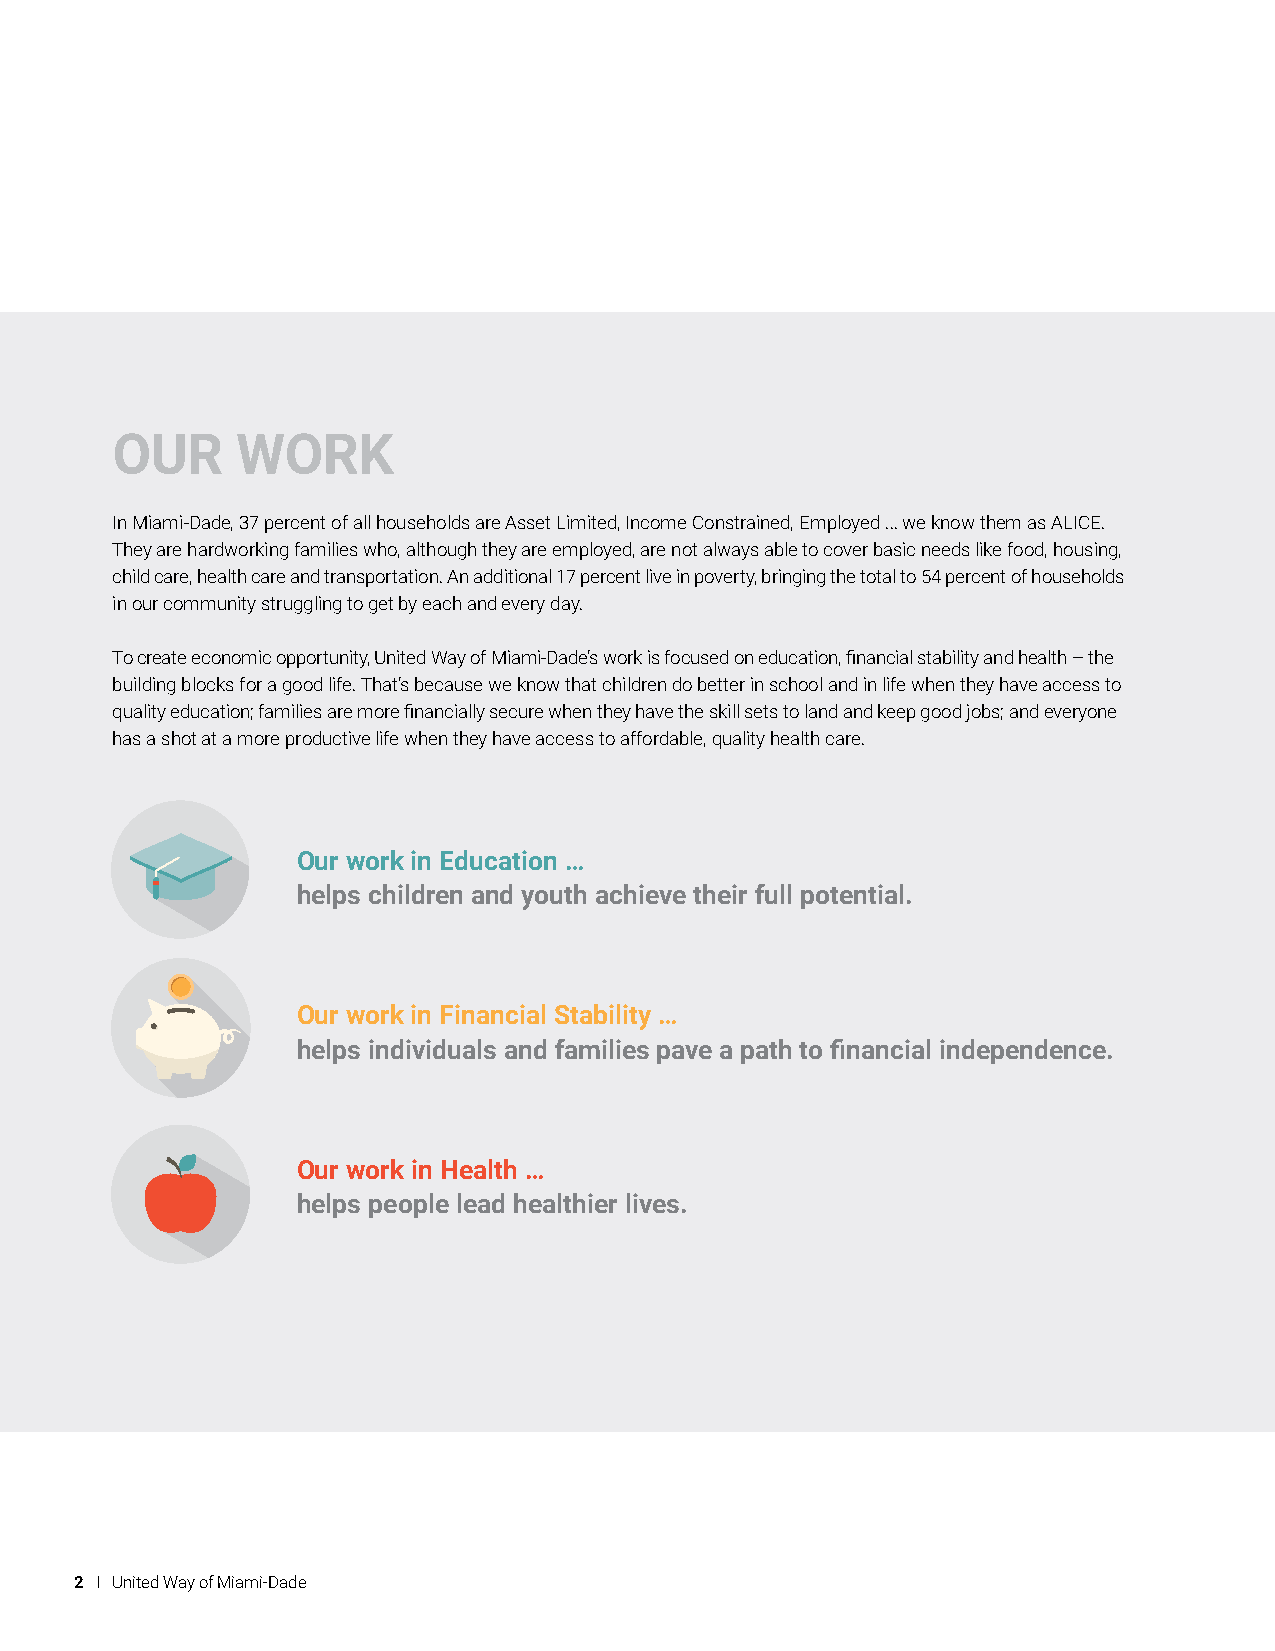
OUR      WORK
 In Miami-Dade, 37 percent of all households are Asset Limited, Income Constrained, Employed ... we know them as ALICE.
 They are hardworking families who, although they are employed, are not always able to cover basic needs like food, housing,
 child care, health care and transportation. An additional 17 percent live in poverty, bringing the total to 54 percent of households
 in our community struggling to get by each and every day.
 To create economic opportunity, United Way of Miami-Dade’s work is focused on education, financial stability and health – the
 building blocks for a good life. That’s because we know that children do better in school and in life when they have access to
 quality education; families are more financially secure when they have the skill sets to land and keep good jobs; and everyone
 has a shot at a more productive life when they have access to affordable, quality health care.
 Our work in Education …
 helps children and youth achieve their full potential.
 Our work in Financial Stability …
 helps individuals and families pave a path to financial independence.
 Our work in Health …
 helps people lead healthier lives.
 2 I United Way of Miami-Dade